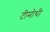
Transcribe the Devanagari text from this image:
टीमोथी